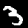
Digit: 3